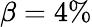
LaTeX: \beta=4\%